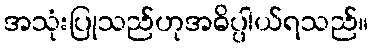
အသုံးပြုသည်ဟုအဓိပ္ပါယ်ရသည်။